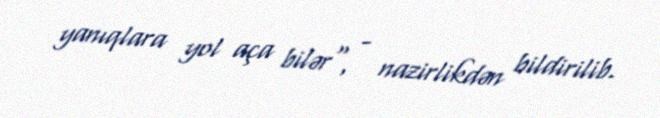
yanıqlara yol aça bilər", - nazirlikdən bildirilib.